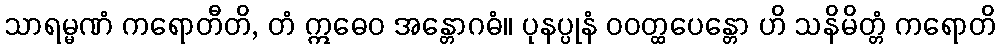
သာရမ္မဏံ ကရောတီတိ, တံ ဣဓေဝ အန္တောဂဓံ။ ပုနပ္ပုနံ ဝဝတ္ထပေန္တော ဟိ သနိမိတ္တံ ကရောတိ